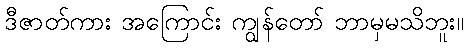
ဒီဇာတ်ကား အကြောင်း ကျွန်တော် ဘာမှမသိဘူး။